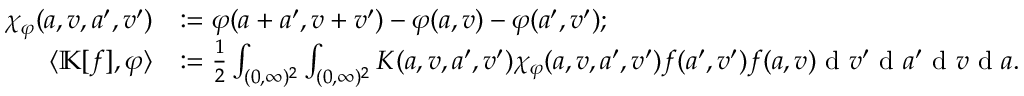
\begin{array} { r l } { \chi _ { \varphi } ( a , v , a ^ { \prime } , v ^ { \prime } ) } & { : = \varphi ( a + a ^ { \prime } , v + v ^ { \prime } ) - \varphi ( a , v ) - \varphi ( a ^ { \prime } , v ^ { \prime } ) ; } \\ { \langle \mathbb { K } [ f ] , \varphi \rangle } & { : = \frac { 1 } { 2 } \int _ { ( 0 , \infty ) ^ { 2 } } \int _ { ( 0 , \infty ) ^ { 2 } } K ( a , v , a ^ { \prime } , v ^ { \prime } ) \chi _ { \varphi } ( a , v , a ^ { \prime } , v ^ { \prime } ) f ( a ^ { \prime } , v ^ { \prime } ) f ( a , v ) \textup { d } v ^ { \prime } \textup { d } a ^ { \prime } \textup { d } v \textup { d } a . } \end{array}